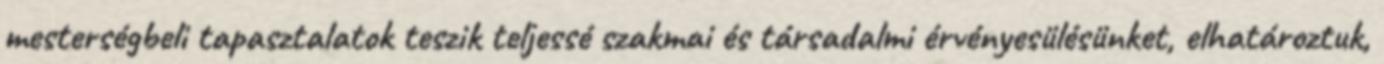
mesterségbeli tapasztalatok teszik teljessé szakmai és társadalmi érvényesülésünket, elhatároztuk,